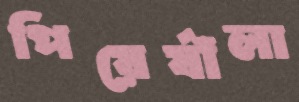
পিয়ের্যাঁলা